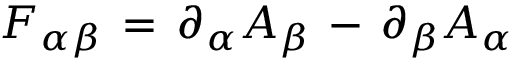
F _ { \alpha \beta } \, = \, \partial _ { \alpha } A _ { \beta } \, - \, \partial _ { \beta } A _ { \alpha }